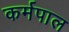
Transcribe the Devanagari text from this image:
कर्मपाल